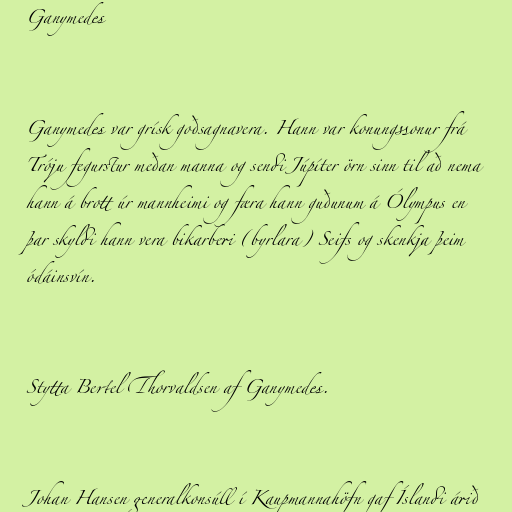
Ganymedes

Ganymedes var grísk goðsagnavera. Hann var konungssonur frá
Tróju fegurstur meðan manna og sendi Júpíter örn sinn til að nema
hann á brott úr mannheimi og færa hann guðunum á Ólympus en
þar skyldi hann vera bikarberi (byrlara) Seifs og skenkja þeim
ódáinsvín.

Stytta Bertel Thorvaldsen af Ganymedes.

Johan Hansen generalkonsúll í Kaupmannahöfn gaf Íslandi árið